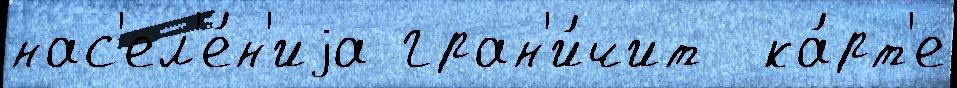
нас'ел'е́н'иjа гран'и́чит  ка́рт'е